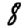
Digit: 8